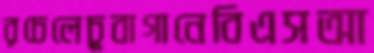
রচেলেচুবাগানেবিএসআ